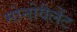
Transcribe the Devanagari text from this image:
मोनोवैलेंट